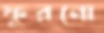
ফুরনো